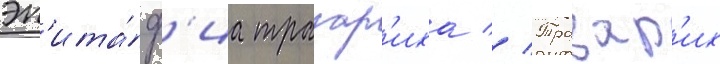
эп'ита́ф'иа тразар'иха // Тразар'их